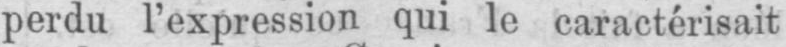
perdu l’expression qui le caractérisait